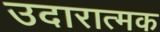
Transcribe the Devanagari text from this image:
उदारात्मक